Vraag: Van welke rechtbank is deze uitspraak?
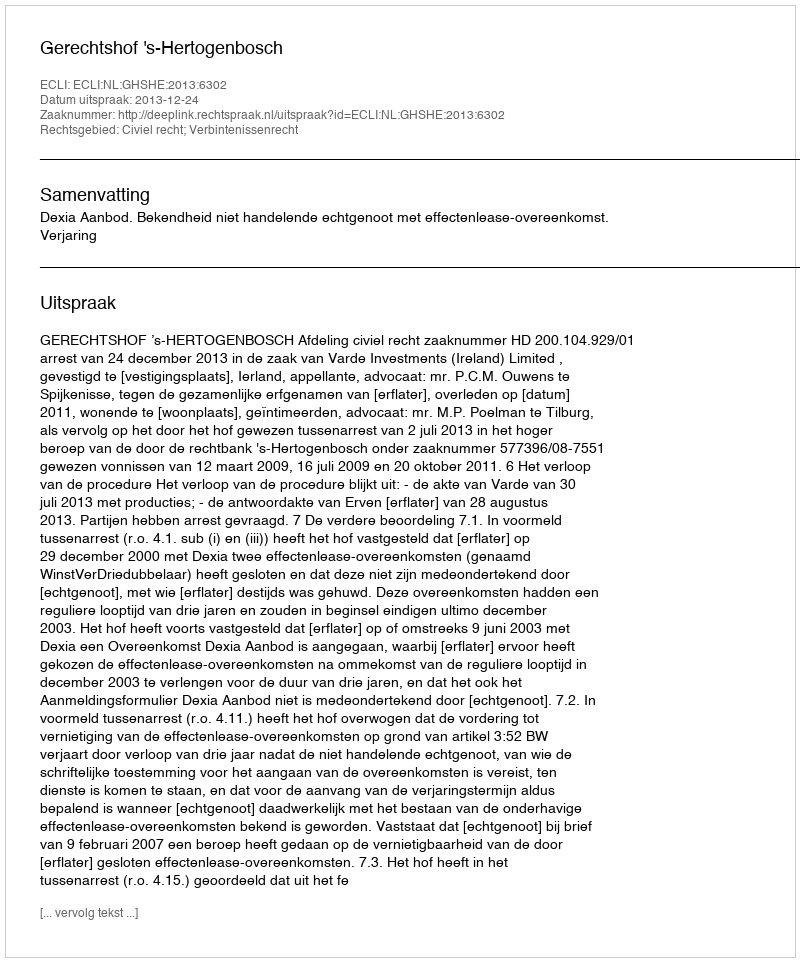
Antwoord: Gerechtshof 's-Hertogenbosch